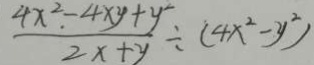
\frac { 4 x . ^ { 2 } - 4 x y + y ^ { 2 } } { 2 x + y } \div ( 4 x ^ { 2 } - y ^ { 2 } )